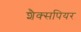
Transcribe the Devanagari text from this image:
शैक्सपियर